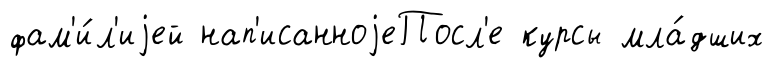
фам'и́л'иjей нап'исанноjеПосл'е курсы мла́дших